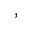
^ ,